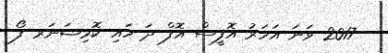
- 2017 ވަނަ އަހަރު އޮފީސް އޮފް ދަ ހައި ކޮމިޝަނަރ ފޯ